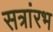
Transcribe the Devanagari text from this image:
सत्रांरभ